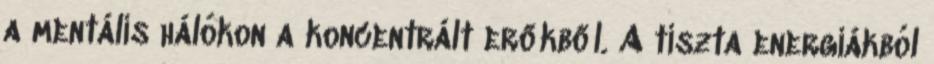
a mentális hálókon a koncentrált erőkből. A tiszta energiákból